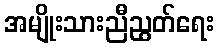
အမျိုးသားညီညွတ်ရေး